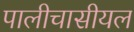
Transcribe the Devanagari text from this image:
पालीचासीयल